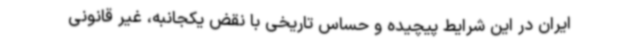
ایران در این شرایط پیچیده ‌و حساس تاریخی با نقض یکجانبه، غیر قانونی